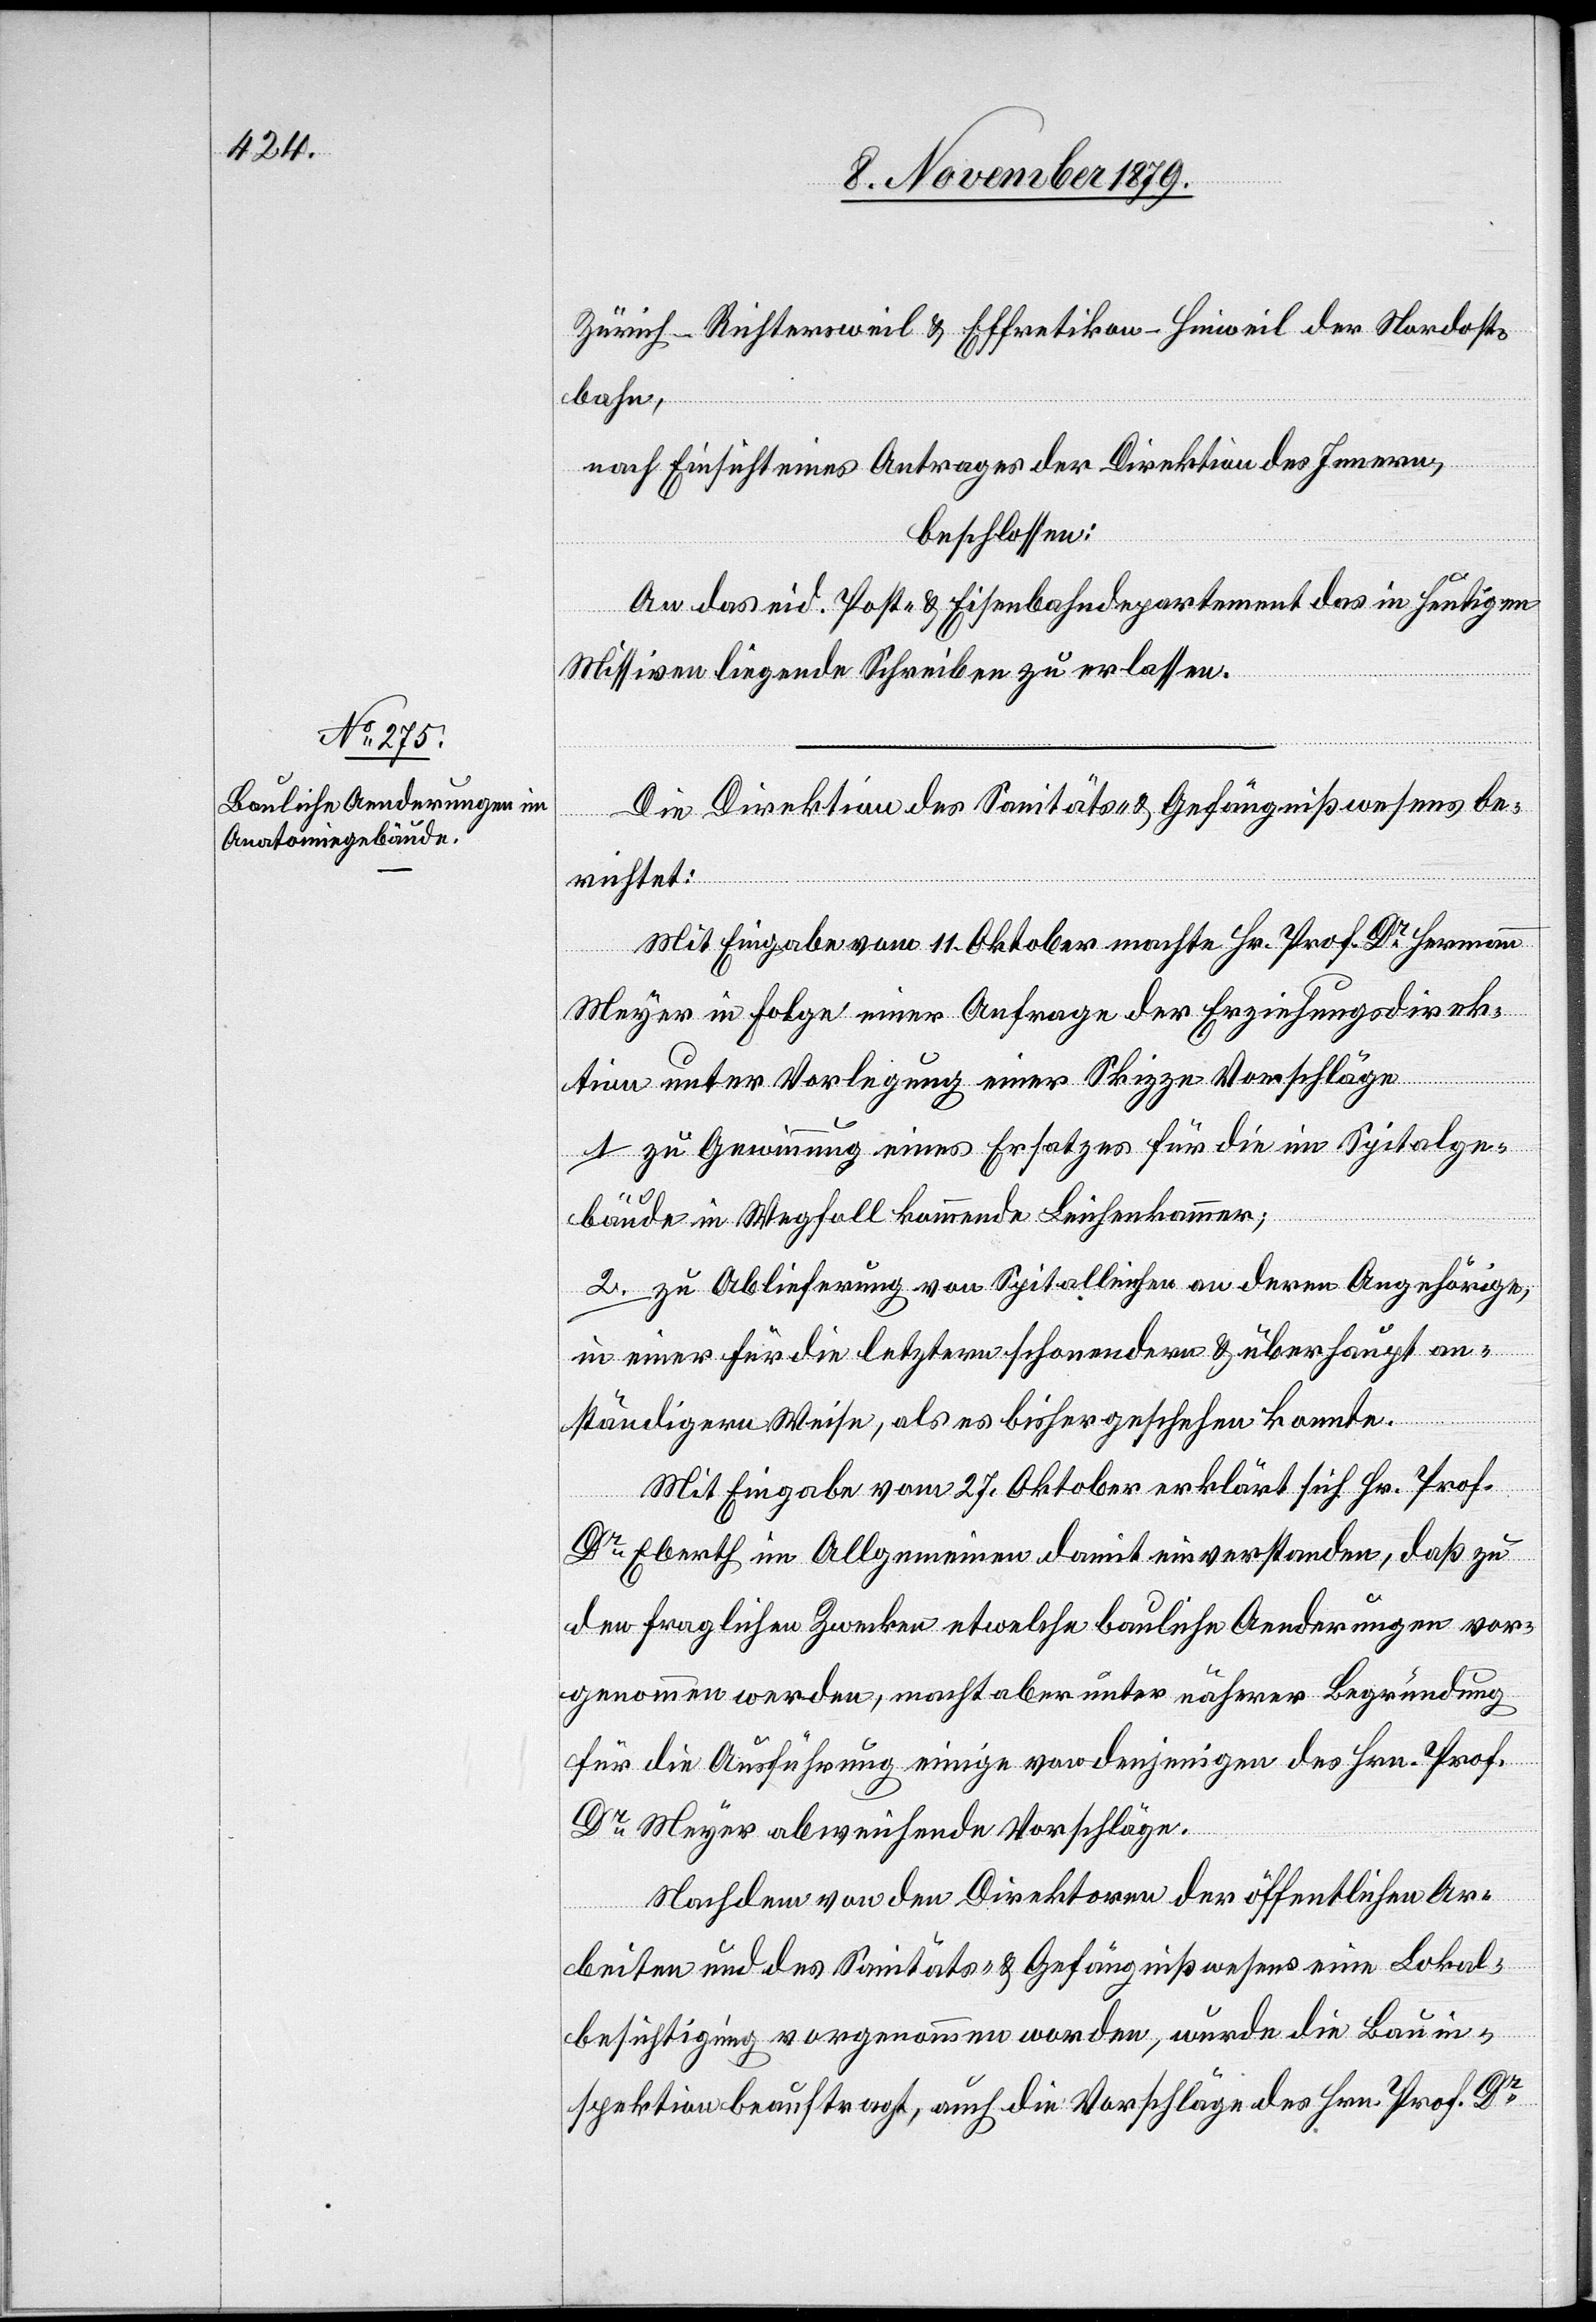
Zürich–Richtersweil & Effretikon–Hinweil der Nordost¬
bahn,
nach Einsicht eines Antrages der Direktion des Innern,
beschlossen:
An das eid. Post- & Eisenbahndepartement das in heutigen
Missiven liegende Schreiben zu erlassen.
Die Direktion des Sanitäts- & Gefängnißwesens be¬
richtet:
Mit Eingabe vom 11. Oktober machte Hr. Prof. Dr Hermann
Meyer in Folge einer Anfrage der Erziehungsdirek¬
tion unter Vorlegung einer Skizze Vorschläge
1. zu Gewinnung eines Ersatzes für die im Spitalge¬
bäude in Wegfall kommende Leichenkammer;
2. zu Ablieferung von Spitalleichen an deren Angehörige,
in einer für die letztern schonendern & überhaupt an¬
ständigern Weise, als es bisher geschehen konnte.
Mit Eingabe vom 27. Oktober erklärt sich Hr. Prof
Dr Eberth im Allgemeinen damit einverstanden, daß zu
den fraglichen Zwecken etwelche bauliche Aenderungen vor¬
genommen werden, macht aber unter näherer Begründung
für die Ausführung einige von denjenigen des Hrn. Prof.
Dr Meyer abweichende Vorschläge.
Nachdem von den Direktoren der öffentlichen Ar¬
beiten und des Sanitäts- und Gefängnißwesens eine Lokal¬
besichtigung vorgenommen worden, wurde die Bauin¬
spektion beauftragt, auch die Vorschläge des Hrn. Prof. Dr